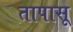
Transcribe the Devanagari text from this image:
तापासू